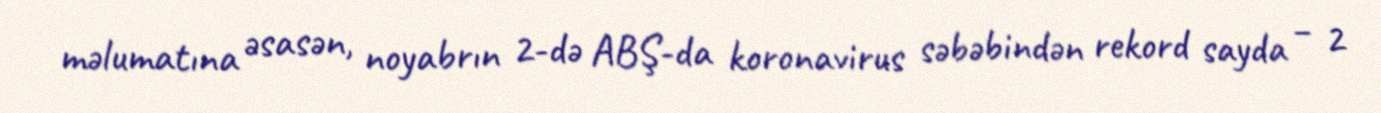
məlumatına əsasən, noyabrın 2-də ABŞ-da koronavirus səbəbindən rekord sayda – 2